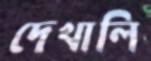
দেখালি